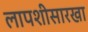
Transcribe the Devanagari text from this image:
लापशीसारखा